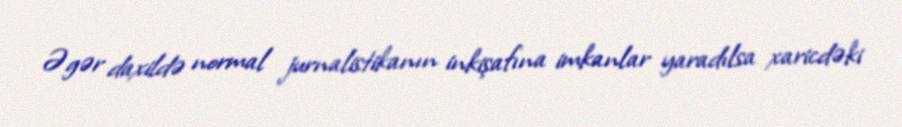
Əgər daxildə normal jurnalistikanın inkişafına imkanlar yaradılsa xaricdəki